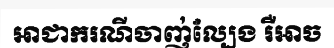
អាជាករណីចាញ់ល្បែង រឺអាច